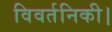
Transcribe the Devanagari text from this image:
विवर्तनिकी।